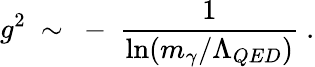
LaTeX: g^{2}\ \sim\ -\ \frac 1{\ln(m_{\gamma}/\Lambda_{QED})}\ .